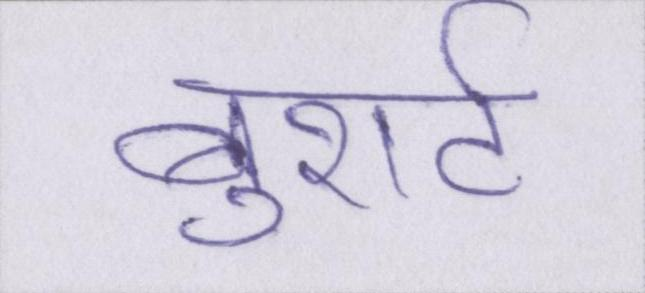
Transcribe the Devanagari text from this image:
बुशर्ट